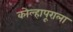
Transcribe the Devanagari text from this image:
कोल्हापूराला